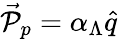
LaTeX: \vec{\cal P}_{p}=\alpha_{\Lambda}\hat{q}